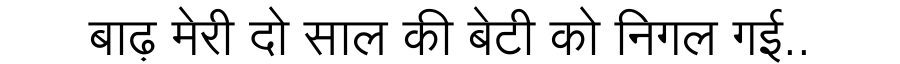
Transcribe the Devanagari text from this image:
बाढ़ मेरी दो साल की बेटी को निगल गई..